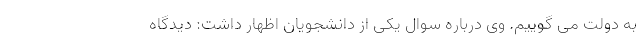
به دولت می گوییم. وی درباره سوال یکی از دانشجویان اظهار داشت: دیدگاه